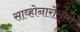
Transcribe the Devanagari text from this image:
साव्होनारोलाने